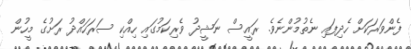
ފެންވަރަކަށް ހެދިފައި ނެތުމުންނެވެ. ރައީސް ނަޝީދު ވެރިކަމުގައި ހިއްކި ސަރަހައްދު ރަށުގެ މީހުން